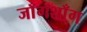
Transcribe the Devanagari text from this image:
जाँगशाँग